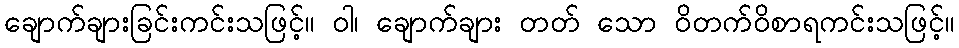
ချောက်ချားခြင်းကင်းသဖြင့်။ ဝါ၊ ချောက်ချား တတ် သော ဝိတက်ဝိစာရကင်းသဖြင့်။